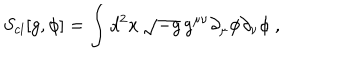
S _ { c l } [ g , \phi ] = \int d ^ { 2 } x \, \sqrt { - g } \, g ^ { \mu \nu } \partial _ { \mu } \phi \partial _ { \nu } \phi \ ,